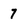
Character: 7